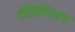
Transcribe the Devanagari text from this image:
टॅलिभिजन